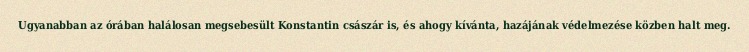
Ugyanabban az órában halálosan megsebesült Konstantin császár is, és ahogy kívánta, hazájának védelmezése közben halt meg.